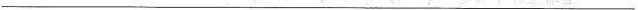
___